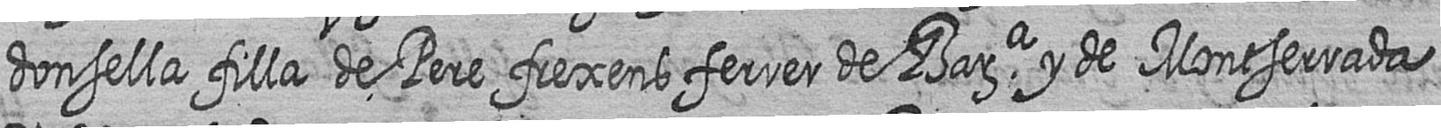
donsella filla de Pere frexens ferrer de Bara y de Montserrada